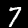
Digit: 7